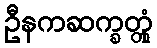
ဦနကဆက္ခတ္တုံ